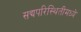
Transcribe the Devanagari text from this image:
सद्यपरिस्थितीमध्ये